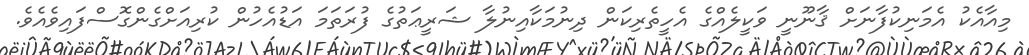
މިއާއެކު އެމަނިކުފާނަށް ޤާނޫނީ ވަކީލެއްގެ އެހީތެރިކަން ދިނުމަކާއިނުލާ ޝަރީޢަތުގެ ފުރަތަމަ އަޑުއެހުން ކުރިއަށްގެންގޮސްފައިވެއެވެ.